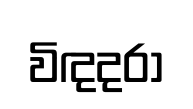
විඳදරා